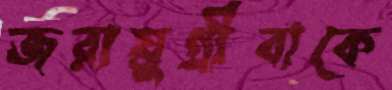
জরায়ুগ্রীবাকে